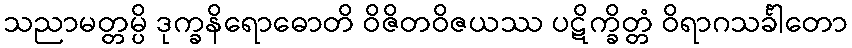
သညာမတ္တမ္ပိ ဒုက္ခနိရောဓောတိ ဝိဇိတဝိဇယဿ ပဋိက္ခိတ္တံ ဝိရာဂသင်္ခါတော